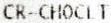
CR-CHOCLT